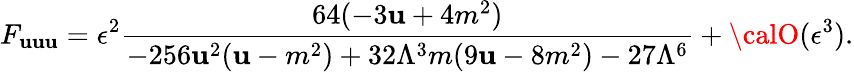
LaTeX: F_{\mathbf{u}\mathbf{u}\mathbf{u}}={{\epsilon^{2}}}\frac{{64(-3\mathbf{u}+4m^{2})}}{{-256\mathbf{u}^{2}(\mathbf{u}-m^{2})+32\Lambda^{3}m(9\mathbf{u}-8m^{2})-27\Lambda^{6}}}+{\calO}(\epsilon^{3}).